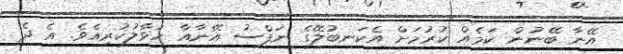
އޭނާ ބޭނުން ކަމެއް ކުރުމަށް އެކަނބުލޭގެ ނަފްސު އޭނާއާ ހަވާލުކުރިއެވެ. އެ ދެ